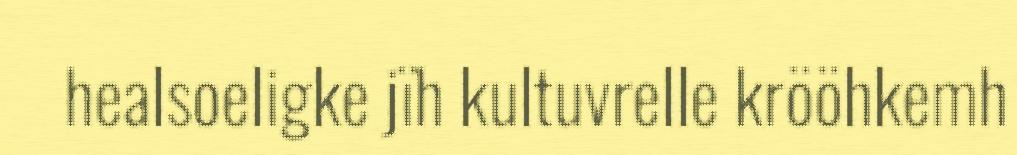
healsoeligke jïh kultuvrelle krööhkemh